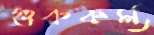
গুরুকর্ম